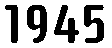
1945